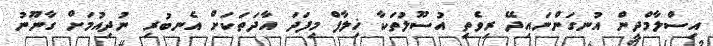
އިސްލާމްދީން އުނގަންނައިދޭ ރިވެތި އުސޫލުތަކާ ޚިލާފް މިފަދަ އާދަތަކަށް އެނބުރި ނުދިއުމަށް ގާނޫނު